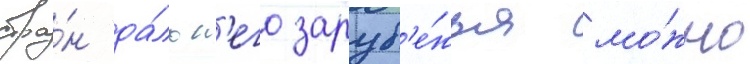
стра́н да́льн'его заруб'е́жья мо́жно